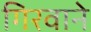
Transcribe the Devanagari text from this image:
गिरवाने